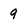
Character: 9